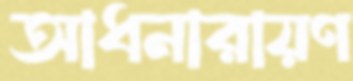
আধনারায়ণ